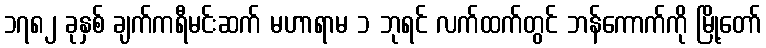
၁၇၈၂ ခုနှစ် ချက်ကရီမင်းဆက် မဟာရာမ ၁ ဘုရင် လက်ထက်တွင် ဘန်ကောက်ကို မြို့တော်